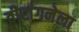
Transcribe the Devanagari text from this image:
वीरांगनेला